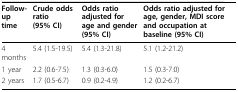
<table><thead><tr><td><b>Follow-up time</b></td><td><b>Crude odds ratio (95% CI)</b></td><td><b>Odds ratio adjusted for age and gender (95% CI)</b></td><td><b>Odds ratio adjusted for age, gender, MDI score and occupation at baseline (95% CI)</b></td></tr></thead><tbody><tr><td>4 months</td><td>5.4 (1.5-19.5)</td><td>5.4 (1.3-21.8)</td><td>5.1 (1.2-21.2)</td></tr><tr><td>1 year</td><td>2.2 (0.6-7.5)</td><td>1.3 (0.3-6.0)</td><td>1.5 (0.3-7.0)</td></tr><tr><td>2 years</td><td>1.7 (0.5-6.7)</td><td>0.9 (0.2-4.9)</td><td>1.2 (0.2-6.7)</td></tr></tbody></table>